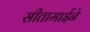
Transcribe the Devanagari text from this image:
सीतामाईने